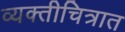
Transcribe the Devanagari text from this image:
व्यक्तीचित्रात